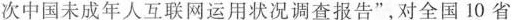
次中国未成年人互联网运用状况调查报告”，对全国10省